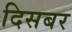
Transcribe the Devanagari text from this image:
दिसबर